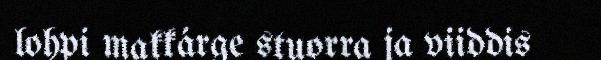
lohpi makkárge stuorra ja viiddis